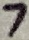
Text: 7